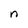
Character: n